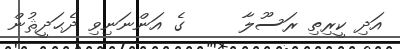
އަދި ކީރިތި ރަސޫލާ     ގެ އަންނަނިވި ދެޙަދީޘުން